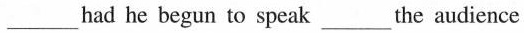
___had he begun to speak___the audience